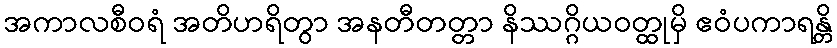
အကာလစီဝရံ အတိဟရိတွာ အနတီတတ္တာ နိဿဂ္ဂိယဝတ္ထုမှိ ဧဝံပကာရန္တိ